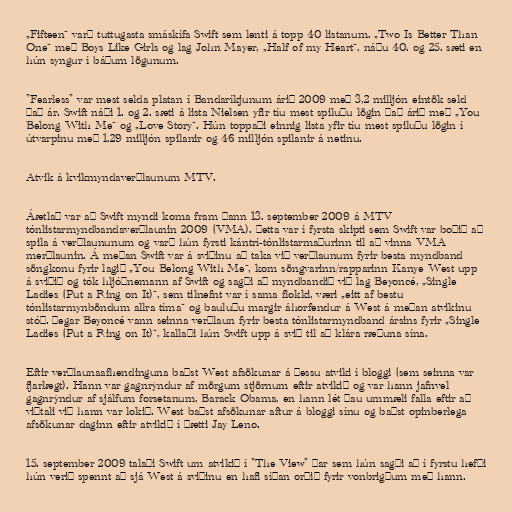
„Fifteen“ varð tuttugasta smáskífa Swift sem lenti á topp 40 listanum. „Two Is Better Than
One“ með Boys Like Girls og lag John Mayer, „Half of my Heart“, náðu 40. og 25. sæti en
hún syngur í báðum lögunum.

"Fearless" var mest selda platan í Bandaríkjunum árið 2009 með 3,2 milljón eintök seld
það ár. Swift náði 1. og 2. sæti á lista Nielsen yfir tíu mest spiluðu lögin það árið með „You
Belong With Me“ og „Love Story“. Hún toppaði einnig lista yfir tíu mest spiluðu lögin í
útvarpinu með 1,29 milljón spilanir og 46 milljón spilanir á netinu.

Atvik á kvikmyndaverðlaunum MTV.

Áætlað var að Swift myndi koma fram þann 13. september 2009 á MTV
tónlistarmyndbandaverðlaunin 2009 (VMA). Þetta var í fyrsta skipti sem Swift var boðið að
spila á verðlaununum og varð hún fyrsti kántrí-tónlistarmaðurinn til að vinna VMA
merðlaunin. Á meðan Swift var á sviðinu að taka við verðlaunum fyrir besta myndband
söngkonu fyrir lagið „You Belong With Me“, kom söngvarinn/rapparinn Kanye West upp
á sviðið og tók hljóðnemann af Swift og sagði að myndbandið við lag Beyoncé, „Single
Ladies (Put a Ring on It)“, sem tilnefnt var í sama flokki, væri „eitt af bestu
tónlistarmynböndum allra tíma“ og bauluðu margir áhorfendur á West á meðan atvikinu
stóð. Þegar Beyoncé vann seinna verðlaun fyrir besta tónlistarmyndband ársins fyrir „Single
Ladies (Put a Ring on It)“, kallaði hún Swift upp á svið til að klára ræðuna sína.

Eftir verðlaunaafhendinguna baðst West afsökunar á þessu atviki í bloggi (sem seinna var
fjarlægt). Hann var gagnrýndur af mörgum stjörnum eftir atvikið og var hann jafnvel
gagnrýndur af sjálfum forsetanum, Barack Obama, en hann lét þau ummæli falla eftir að
viðtali við hann var lokið. West baðst afsökunar aftur á bloggi sínu og baðst opinberlega
afsökunar daginn eftir atvikið í þætti Jay Leno.

15. september 2009 talaði Swift um atvikið í "The View" þar sem hún sagði að í fyrstu hefði
hún verið spennt að sjá West á sviðinu en hafi síðan orðið fyrir vonbrigðum með hann.